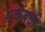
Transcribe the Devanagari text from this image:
प्रचंडची